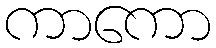
ကာကော